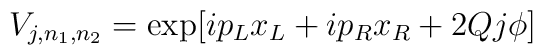
V_{j,n_1,n_2}=\exp [ip_Lx_L+ip_Rx_R+2Qj\phi]